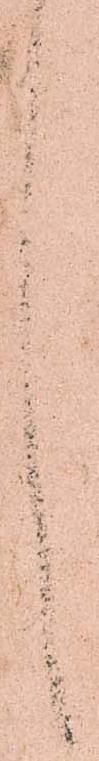
言